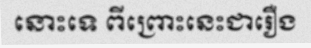
នោះទេ ពីព្រោះនេះជារឿង